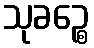
သုခဉ္စေ